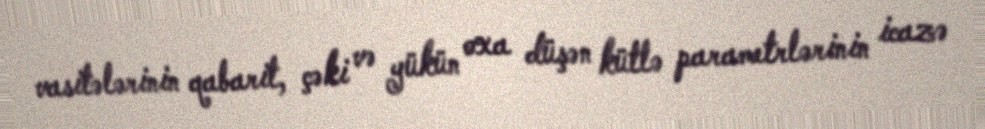
vasitələrinin qabarit, çəki və yükün oxa düşən kütlə parametrlərinin icazə